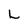
Character: L